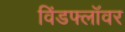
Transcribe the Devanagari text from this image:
विंडफ्लॉवर